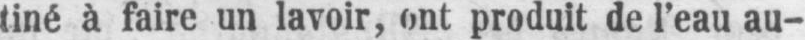
tiné à faire un lavoir, ont produit de l’eau au-